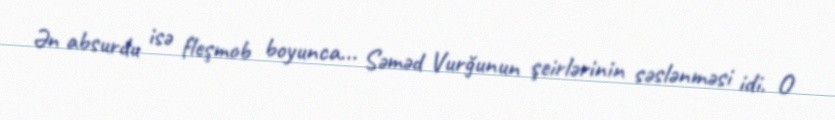
Ən absurdu isə fleşmob boyunca... Səməd Vurğunun şeirlərinin səslənməsi idi. O